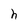
Character: h